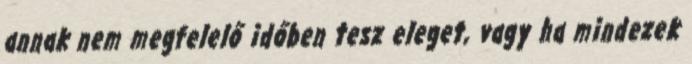
annak nem megfelelő időben tesz eleget, vagy ha mindezek